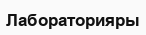
Лабораторияры